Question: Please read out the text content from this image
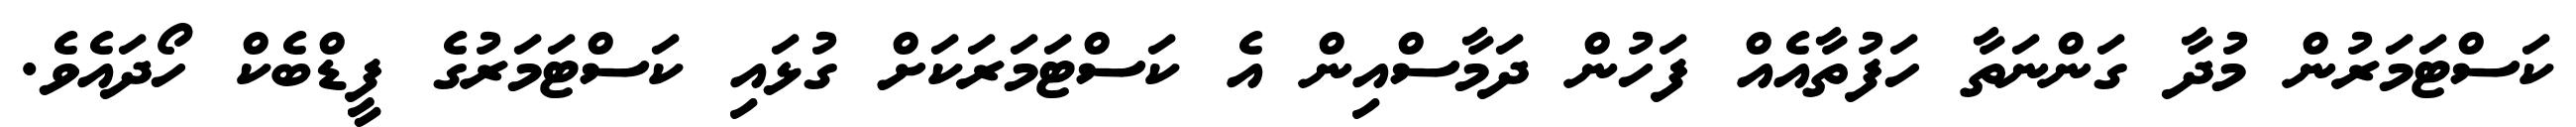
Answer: ކަސްޓަމަރުން މުދާ ގަންނަތާ ހަފުތާއެއް ފަހުން ދަމާސްއިން އެ ކަސްޓަމަރަކަށް ގުޅައި ކަސްޓަމަރުގެ ފީޑްބެކް ހޯދައެވެ.